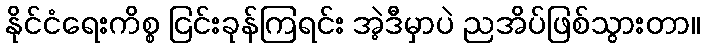
နိုင်ငံရေးကိစ္စ ငြင်းခုန်ကြရင်း အဲ့ဒီမှာပဲ ညအိပ်ဖြစ်သွားတာ။